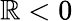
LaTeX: \mathbb{R}<0